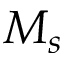
M _ { s }